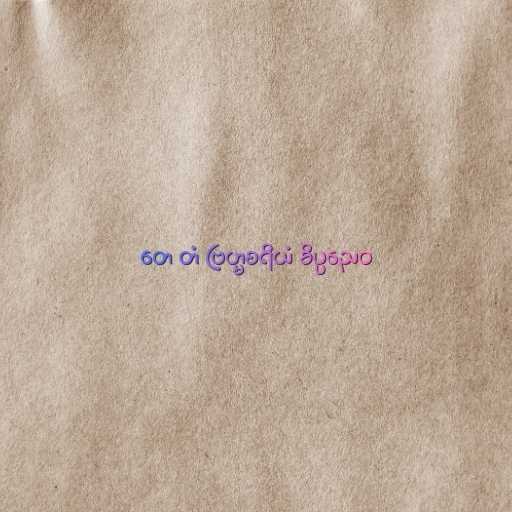
တေ တံ ဗြဟ္မစရိယံ ခိပ္ပညေဝ